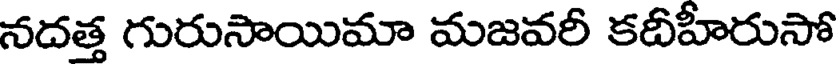
నదత్త గురుసాయిమా మజవరీ కదీహీరుసో